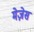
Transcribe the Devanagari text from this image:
मेज़ेस